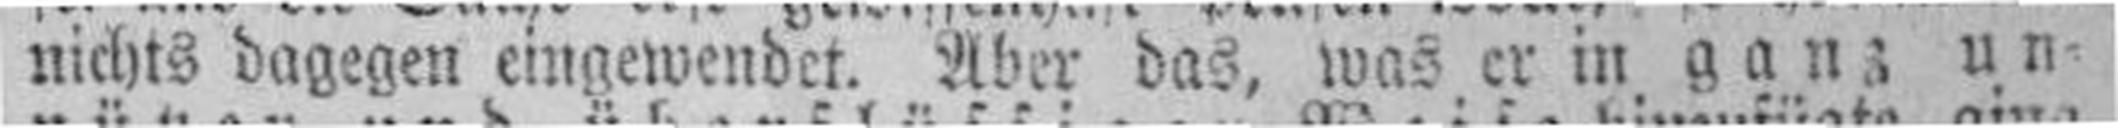
nichts dagegen eingewendet. Aber das, was er in ganz un¬